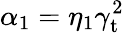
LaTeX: \alpha_{1}=\eta_{1}\gamma_{\mathrm{t}}^{2}